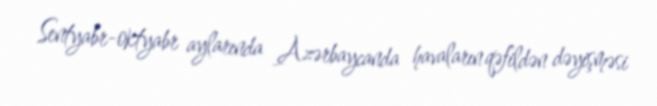
Sentyabr-oktyabr aylarında Azərbaycanda havaların qəfildən dəyişməsi